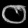
Digit: ၀